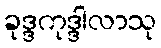
ခုဒ္ဒကုဒ္ဒါလာသု